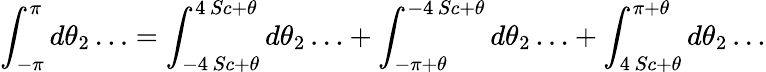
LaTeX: \int_{-\pi}^{\pi}d\theta_{2}\ldots=\int_{-4\, Sc+\theta}^{4\, Sc+\theta}d\theta_{2}\ldots+\int_{-\pi+\theta}^{-4\, Sc+\theta}d\theta_{2}\ldots+\int_{4\, Sc+\theta}^{\pi+\theta}d\theta_{2}\ldots